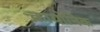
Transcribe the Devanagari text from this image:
क्रायोनिक